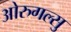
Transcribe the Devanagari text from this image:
ओरुगल्सु